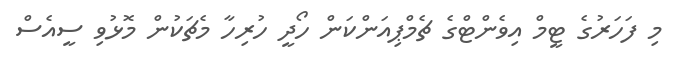
މި ފަހަރުގެ ޓީމް އިވެންޓްގެ ޗެމްޕިއަންކަން ހޯދީ ހުރިހާ މެޗަކުން މޮޅުވި ސީއެސް